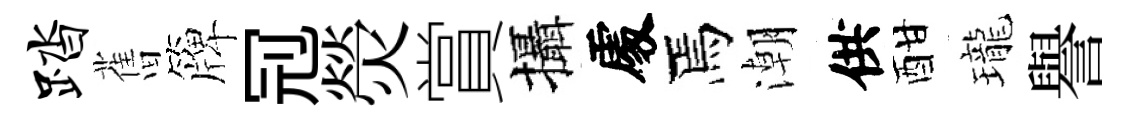
踏𦾔簰𠜍熒賞攝𠁅焉潮供酣瓏譽